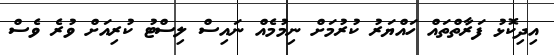
އިދިކޮޅު ފަރާތްތައް ހައްޔަރު ކުރުމަަށް ނިމުމެއް ނައިސް ލިސްޓު ކުރިއަށް ވުރެ ވެސް